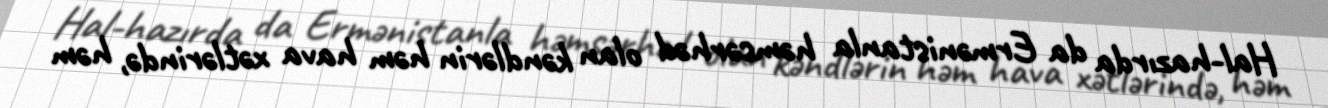
Hal-hazırda da Ermənistanla həmsərhəd olan kəndlərin həm hava xətlərində, həm